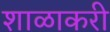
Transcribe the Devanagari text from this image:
शाळाकरी